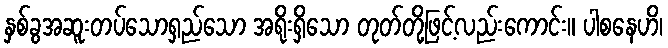
နှစ်ခွအဆူးတပ်သောရှည်သော အရိုးရှိသော တုတ်တို့ဖြင့်လည်းကောင်း။ ပါစနေဟိ၊